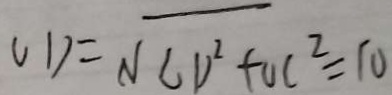
O D = \sqrt { C D ^ { 2 } + O C ^ { 2 } } = 1 0